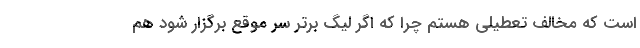
است که مخالف تعطیلی هستم چرا که اگر لیگ برتر سر موقع برگزار شود هم